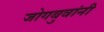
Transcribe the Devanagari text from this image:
जोगबुवांनी